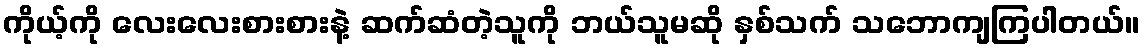
ကိုယ့်ကို လေးလေးစားစားနဲ့ ဆက်ဆံတဲ့သူကို ဘယ်သူမဆို နှစ်သက် သဘောကျကြပါတယ်။